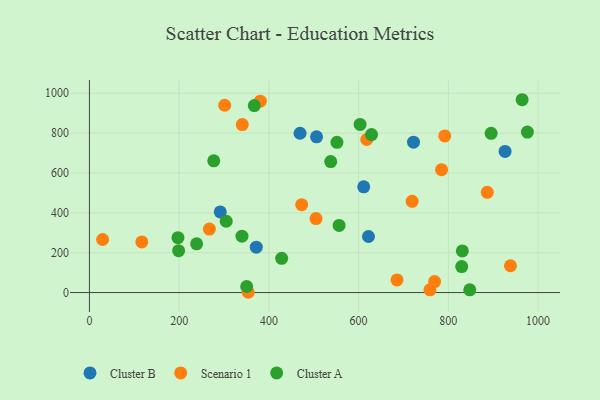
{"axis": {"x": "Distance", "y": "Fuel Efficiency"}, "legend": ["Cluster A", "Cluster B", "Scenario 1"], "data": [{"x": "469.5", "y": 799.1, "type": "Cluster B"}, {"x": "622.0", "y": 281.3, "type": "Cluster B"}, {"x": "506.2", "y": 781.2, "type": "Cluster B"}, {"x": "371.9", "y": 227.5, "type": "Cluster B"}, {"x": "611.4", "y": 530.5, "type": "Cluster B"}, {"x": "926.5", "y": 708.0, "type": "Cluster B"}, {"x": "722.4", "y": 754.4, "type": "Cluster B"}, {"x": "291.6", "y": 404.3, "type": "Cluster B"}, {"x": "759.1", "y": 13.6, "type": "Scenario 1"}, {"x": "267.4", "y": 318.4, "type": "Scenario 1"}, {"x": "340.7", "y": 842.8, "type": "Scenario 1"}, {"x": "792.1", "y": 785.7, "type": "Scenario 1"}, {"x": "473.1", "y": 440.7, "type": "Scenario 1"}, {"x": "618.2", "y": 767.8, "type": "Scenario 1"}, {"x": "29.4", "y": 266.2, "type": "Scenario 1"}, {"x": "886.8", "y": 502.7, "type": "Scenario 1"}, {"x": "116.7", "y": 253.8, "type": "Scenario 1"}, {"x": "354.0", "y": 1.4, "type": "Scenario 1"}, {"x": "784.9", "y": 616.4, "type": "Scenario 1"}, {"x": "719.3", "y": 457.6, "type": "Scenario 1"}, {"x": "301.5", "y": 939.8, "type": "Scenario 1"}, {"x": "505.0", "y": 371.3, "type": "Scenario 1"}, {"x": "380.9", "y": 960.3, "type": "Scenario 1"}, {"x": "769.4", "y": 54.9, "type": "Scenario 1"}, {"x": "685.6", "y": 63.4, "type": "Scenario 1"}, {"x": "938.5", "y": 134.5, "type": "Scenario 1"}, {"x": "428.5", "y": 171.6, "type": "Cluster A"}, {"x": "197.3", "y": 275.1, "type": "Cluster A"}, {"x": "537.8", "y": 657.2, "type": "Cluster A"}, {"x": "556.5", "y": 337.0, "type": "Cluster A"}, {"x": "847.8", "y": 13.8, "type": "Cluster A"}, {"x": "350.5", "y": 30.4, "type": "Cluster A"}, {"x": "603.3", "y": 843.4, "type": "Cluster A"}, {"x": "198.8", "y": 209.9, "type": "Cluster A"}, {"x": "628.8", "y": 792.4, "type": "Cluster A"}, {"x": "829.8", "y": 130.3, "type": "Cluster A"}, {"x": "976.2", "y": 805.1, "type": "Cluster A"}, {"x": "238.9", "y": 244.3, "type": "Cluster A"}, {"x": "964.5", "y": 967.4, "type": "Cluster A"}, {"x": "277.1", "y": 660.9, "type": "Cluster A"}, {"x": "304.9", "y": 357.8, "type": "Cluster A"}, {"x": "551.7", "y": 753.8, "type": "Cluster A"}, {"x": "340.0", "y": 283.0, "type": "Cluster A"}, {"x": "831.2", "y": 209.0, "type": "Cluster A"}, {"x": "895.4", "y": 798.6, "type": "Cluster A"}, {"x": "367.5", "y": 938.2, "type": "Cluster A"}]}